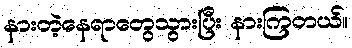
နားတဲ့နေရာတွေသွားပြီး နားကြတယ်။